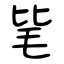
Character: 毞